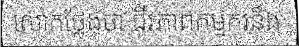
លោកថ្លែងថា ជីវភាពកម្មករនឹង